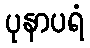
ပုနာပရံ